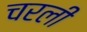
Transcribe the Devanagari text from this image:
चरली